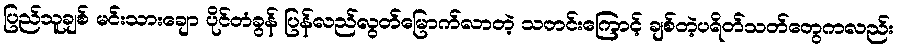
ပြည်သူချစ် မင်းသားချော ပိုင်တံခွန် ပြန်လည်လွတ်မြောက်လာတဲ့ သတင်းကြောင့် ချစ်တဲ့ပရိတ်သတ်တွေကလည်း